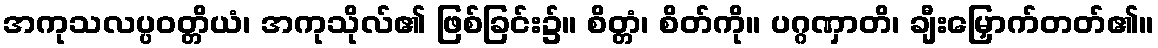
အကုသလပ္ပဝတ္တိယံ၊ အကုသိုလ်၏ ဖြစ်ခြင်း၌။ စိတ္တံ၊ စိတ်ကို။ ပဂ္ဂဏှာတိ၊ ချီးမြှောက်တတ်၏။